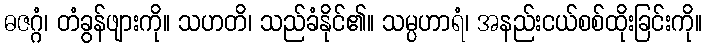
ဓဇဂ္ဂံ၊ တံခွန်ဖျားကို။ သဟတိ၊ သည်ခံနိုင်၏။ သမ္ပဟာရံ၊ အနည်းငယ်စစ်ထိုးခြင်းကို။